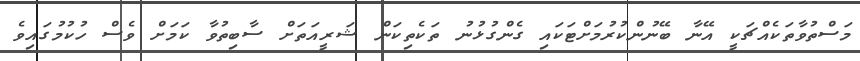
މަސްތުވާތަކެއްޗަކީ އޭނާ ބޭނުންކުރުމަށްޓަކައި ގެންގުޅުނު ތަކެތިކަން ޝަރީއަތަށް ސާބިތުވާ ކަމަށް ވެސް ހުކުމުގައިވެ